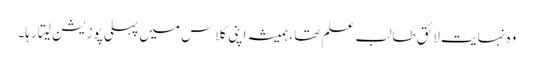
وہ نہایت لائق طالب علم تھا، ہمیشہ اپنی کلاس میں پہلی پوزیشن لیتا رہا۔